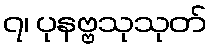
၇၊ ပုနဗ္ဗသုသုတ်